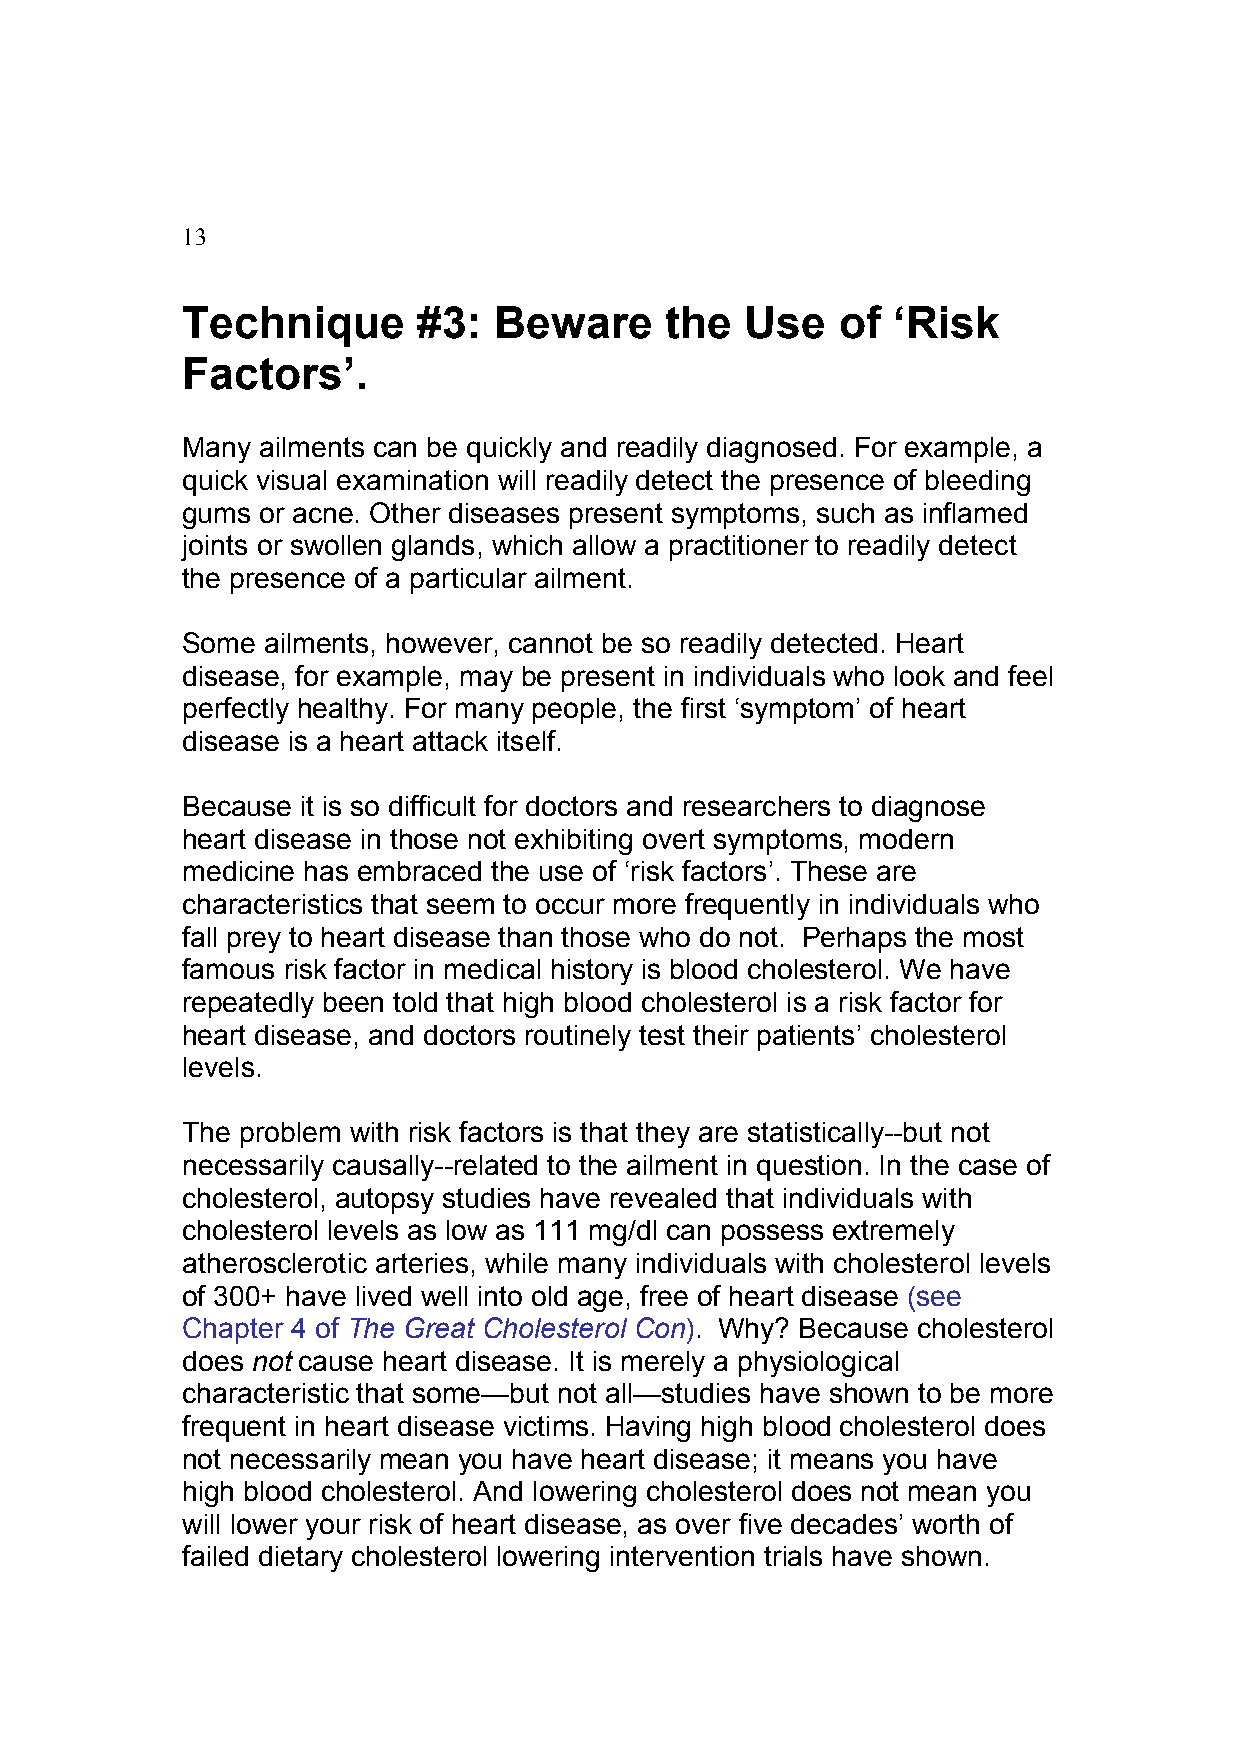
13
 Technique       #3:  Beware     the  Use    of ‘Risk
 Factors’.
 Many ailments can be quickly and readily diagnosed. For example, a
 quick visual examination will readily detect the presence of bleeding
 gums or acne. Other diseases present symptoms, such as inflamed
 joints or swollen glands, which allow a practitioner to readily detect
 the presence of a particular ailment.
 Some  ailments, however, cannot be so readily detected. Heart
 disease, for example, may be present in individuals who look and feel
 perfectly healthy. For many people, the first ‘symptom’ of heart
 disease is a heart attack itself.
 Because it is so difficult for doctors and researchers to diagnose
 heart disease in those not exhibiting overt symptoms, modern
 medicine has embraced the use of ‘risk factors’. These are
 characteristics that seem to occur more frequently in individuals who
 fall prey to heart disease than those who do not. Perhaps the most
 famous risk factor in medical history is blood cholesterol. We have
 repeatedly been told that high blood cholesterol is a risk factor for
 heart disease, and doctors routinely test their patients’ cholesterol
 levels.
 The problem with risk factors is that they are statistically--but not
 necessarily causally--related to the ailment in question. In the case of
 cholesterol, autopsy studies have revealed that individuals with
 cholesterol levels as low as 111 mg/dl can possess extremely
 atherosclerotic arteries, while many individuals with cholesterol levels
 of 300+ have lived well into old age, free of heart disease (see
 Chapter 4 of The Great Cholesterol Con). Why? Because cholesterol
 does not cause heart disease. It is merely a physiological
 characteristic that some—but not all—studies have shown to be more
 frequent in heart disease victims. Having high blood cholesterol does
 not necessarily mean you have heart disease; it means you have
 high blood cholesterol. And lowering cholesterol does not mean you
 will lower your risk of heart disease, as over five decades’ worth of
 failed dietary cholesterol lowering intervention trials have shown.